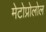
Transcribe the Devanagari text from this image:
मेटोप्रोलोल